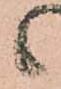
候